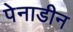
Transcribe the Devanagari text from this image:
पेनाडीन